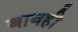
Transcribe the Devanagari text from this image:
बाबही